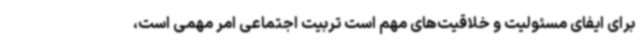
برای ایفای مسئولیت و خلاقیت‌های مهم است تربیت اجتماعی امر مهمی است،